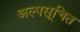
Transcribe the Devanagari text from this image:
अल्पसूचित